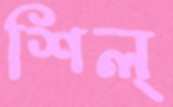
শিল্